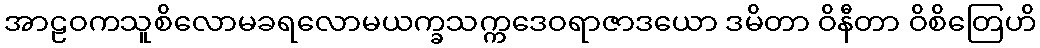
အာဠဝကသူစိလောမခရလောမယက္ခသက္ကဒေဝရာဇာဒယော ဒမိတာ ဝိနီတာ ဝိစိတြေဟိ